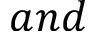
a n d